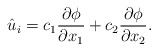
\begin{align*}\hat{u}_i=c_1\frac{\partial \phi}{\partial x_1}+c_2\frac{\partial \phi}{\partial x_2}.\end{align*}